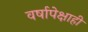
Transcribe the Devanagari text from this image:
वर्षापेक्षाही